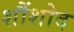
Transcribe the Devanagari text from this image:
शौंशोद